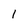
Character: 1